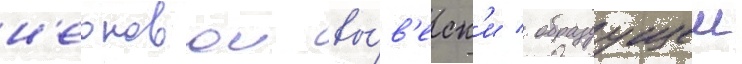
н'еоновои вы́в'еск'и / образуущеи